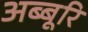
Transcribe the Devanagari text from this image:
अब्बूरि